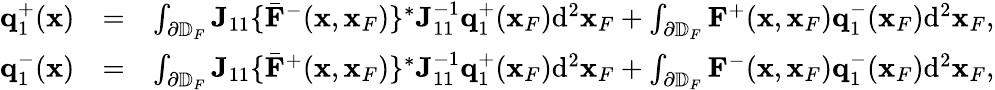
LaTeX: \begin{array}{rlr}{{\mathbf q}_{1}^{+}({\mathbf x})}&{=}&{\int_{\partial\mathbb{D}_{F}}{\mathbf J}_{11}\{ {{\bar{\mathbf F}}}^{-}({\mathbf x},{\mathbf x}_{F})\} ^{*}{\mathbf J}_{11}^{-1}{\mathbf q}_{1}^{+}({\mathbf x}_{F})\mathrm{d}^{2}{\mathbf x}_{F}+\int_{\partial\mathbb{D}_{F}}{\mathbf F}^{+}({\mathbf x},{\mathbf x}_{F}){\mathbf q}_{1}^{-}({\mathbf x}_{F})\mathrm{d}^{2}{\mathbf x}_{F},}\\ {{\mathbf q}_{1}^{-}({\mathbf x})}&{=}&{\int_{\partial\mathbb{D}_{F}}{\mathbf J}_{11}\{ {{\bar{\mathbf F}}}^{+}({\mathbf x},{\mathbf x}_{F})\} ^{*}{\mathbf J}_{11}^{-1}{\mathbf q}_{1}^{+}({\mathbf x}_{F})\mathrm{d}^{2}{\mathbf x}_{F}+\int_{\partial\mathbb{D}_{F}}{\mathbf F}^{-}({\mathbf x},{\mathbf x}_{F}){\mathbf q}_{1}^{-}({\mathbf x}_{F})\mathrm{d}^{2}{\mathbf x}_{F},}\end{array}